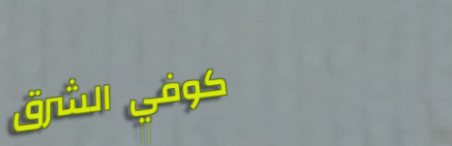
كوفي الشرق